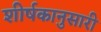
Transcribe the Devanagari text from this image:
शीर्षकानुसारी